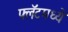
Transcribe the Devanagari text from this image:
फ्लॅटमध्ये